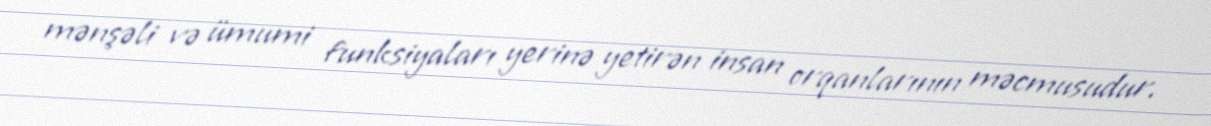
mənşəli və ümumi funksiyaları yerinə yetirən insan orqanlarının məcmusudur.